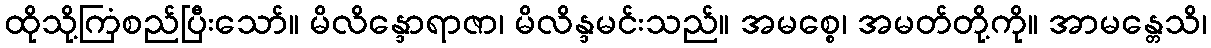
ထိုသို့ကြံစည်ပြီးသော်။ မိလိန္ဒောရာဇာ၊ မိလိန္ဒမင်းသည်။ အမစ္စေ၊ အမတ်တို့ကို။ အာမန္တေသိ၊